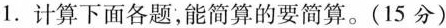
1.计算下面各题，能简算的要简算。(15分)